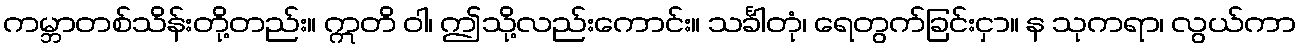
ကမ္ဘာတစ်သိန်းတို့တည်း။ ဣတိ ဝါ၊ ဤသို့လည်းကောင်း။ သင်္ခါတုံ၊ ရေတွက်ခြင်းငှာ။ န သုကရာ၊ လွယ်ကာ